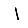
Digit: 1